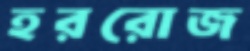
হররোজ